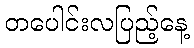
တပေါင်းလပြည့်နေ့